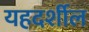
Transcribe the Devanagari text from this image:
यहदर्शील